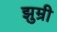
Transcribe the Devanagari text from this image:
झुम्री